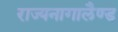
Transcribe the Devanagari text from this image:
राज्यनागालैण्ड